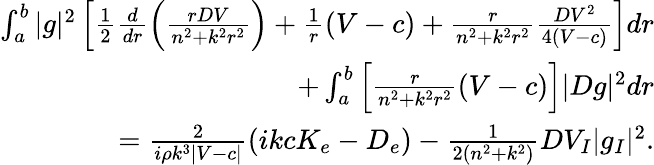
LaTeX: \begin{array}{r}{\int_{a}^{b}|g|^{2}\left[\frac{1}{2}\frac{d}{dr}\left(\frac{rDV}{n^{2}+k^{2}r^{2}}\right)+\frac{1}{r}(V-c)+\frac{r}{n^{2}+k^{2}r^{2}}\frac{DV^{2}}{4(V-c)}\right]dr}\\ {+\int_{a}^{b}\left[\frac{r}{n^{2}+k^{2}r^{2}}(V-c)\right]|Dg|^{2}dr}\\ {=\frac{2}{i\rho k^{3}|V-c|}\left(ikcK_{e}-D_{e}\right)-\frac{1}{2(n^{2}+k^{2})}DV_{I}|g_{I}|^{2}.}\end{array}